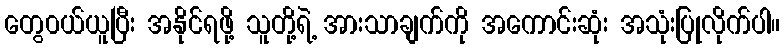
တွေ၀ယ်ယူပြီး အနိုင်ရဖို့ သူတို့ရဲ့ အားသာချက်ကို အကောင်းဆုံး အသုံးပြုလိုက်ပါ။